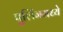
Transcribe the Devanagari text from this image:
पुलिंगमध्ये